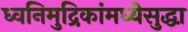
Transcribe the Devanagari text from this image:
ध्वनिमुद्रिकांमध्येसुद्धा